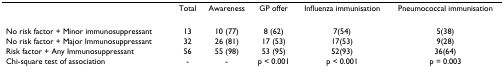
|  | Total | Awareness | GP offer | Influenza immunisation | Pneumococcal immunisation |
 | --- | --- | --- | --- | --- | --- |
 | No risk factor + Minor immunosuppressant | 13 | 10 (77) | 8 (62) | 7(54) | 5(38) |
 | No risk factor + Major Immunosuppressant | 32 | 26 (81) | 17 (53) | 17(53) | 9(28) |
 | Risk factor + Any Immunosuppressant | 56 | 55 (98) | 53 (95) | 52(93) | 36(64) |
 | Chi-square test of association | - | - | p < 0.001 | p < 0.001 | p = 0.003 |